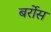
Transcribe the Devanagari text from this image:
बर्रोस